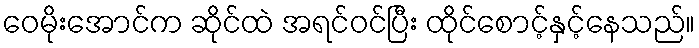
ဝေမိုးအောင်က ဆိုင်ထဲ အရင်ဝင်ပြီး ထိုင်စောင့်နှင့်နေသည်။